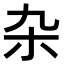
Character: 杂